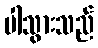
ပါသွားသည်